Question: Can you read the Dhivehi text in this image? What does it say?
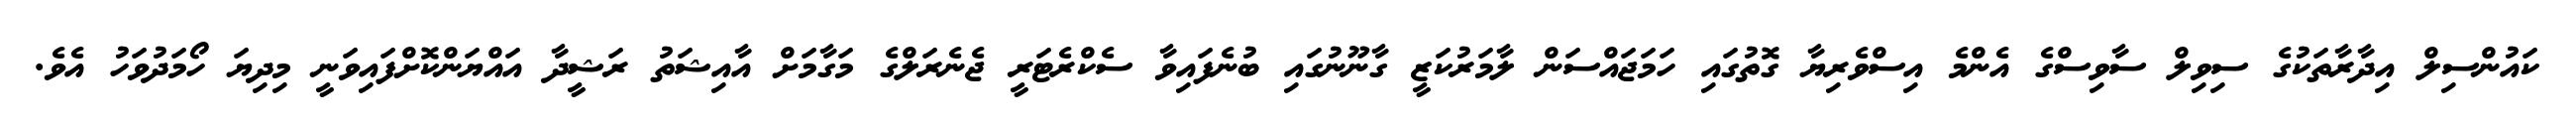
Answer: ކައުންސިލް އިދާރާތަކުގެ ސިވިލް ސާވިސްގެ އެންމެ އިސްވެރިޔާ ގޮތުގައި ހަމަޖައްސަން ލާމަރުކަޒީ ގާނޫނުގައި ބުނެފައިވާ ސެކްރެޓަރީ ޖެނެރަލްގެ މަގާމަށް އާއިޝަތު ރަޝީދާ އައްޔަންކޮށްފައިވަނީ މިދިޔަ ހޯމަދުވަހު އެވެ.